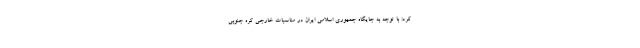
کرد: با توجه به جایگاه جمهوری اسلامی ایران در مناسبات خارجی کره جنوبی